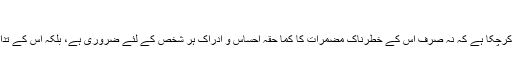
اتحاد اسلامی اور قومی شیرازہ بندی کی تعلیم | welayatnet.com
جسد ملت میں فرقہ پرستی اور تفرقہ پروری کا زہر اس حد تک سرایت کرچکا ہے کہ نہ صرف اس کے خطرناک مضمرات کا کما حقہ احساس و ادراک ہر شخص کے لئَے ضروری ہے، بلکہ اس کے تدارک اور ازالے کے لئَے مئوثر منصوبہ بندی کی بھی اشد ضرورت ہے۔